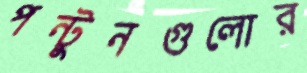
পন্টুনগুলোর